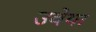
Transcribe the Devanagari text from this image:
उवेया